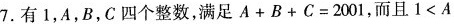
7.有1，A，B，C四个整数，满足$$A + B + C = 2 0 0 1$$，而且$$1 < A